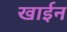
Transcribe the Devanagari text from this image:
खाईन